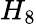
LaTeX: H_{8}